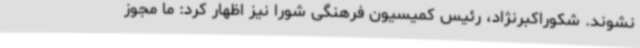
نشوند. شکوراکبرنژاد، رئیس کمیسیون فرهنگی شورا نیز اظهار کرد: ما مجوز